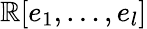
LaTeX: \mathbb{R}[e_{1},\ldots,e_{l}]